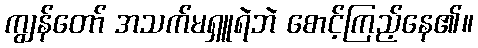
ကျွန်တော် အသက်မရှူရဲဘဲ စောင့်ကြည့်နေ၏။